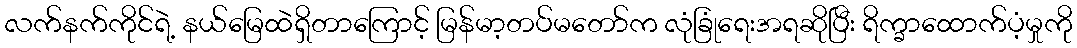
လက်နက်ကိုင်ရဲ့ နယ်မြေထဲရှိတာကြောင့် မြန်မာ့တပ်မတော်က လုံခြုံရေးအရဆိုပြီး ရိက္ခာထောက်ပံ့မှုကို